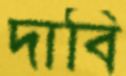
দাবি